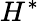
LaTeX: H^{\ast}